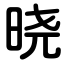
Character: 晓